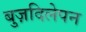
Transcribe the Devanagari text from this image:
बुज़दिलेपन